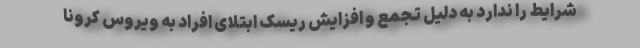
شرایط را ندارد به دلیل تجمع و افزایش ریسک ابتلای افراد به ویروس کرونا